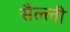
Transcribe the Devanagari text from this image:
सैल्ली